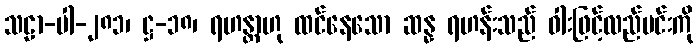
သဠာ-ပါ-၂၈၁၊ ဋ္ဌ-၁၈၊ ရဟန္တာဟု ထင်နေသော ဆန္န ရဟန်းသည် ဓါးဖြင့်လည်ပင်းကို